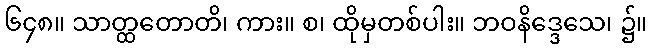
၆၄၈။ သာတ္ထတောတိ၊ ကား။ စ၊ ထိုမှတစ်ပါး။ ဘဝနိဒ္ဒေသေ၊ ၌။